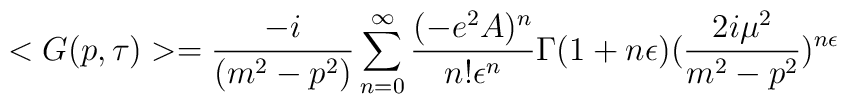
<G(p,\tau)> = \frac{-i}{(m^2-p^2)} \sum_{n=0}^\infty \frac{(-e^2 A)^n}{n!\epsilon^n} \Gamma(1+n \epsilon) (\frac{2 i \mu^2}{m^2-p^2})^{n \epsilon}